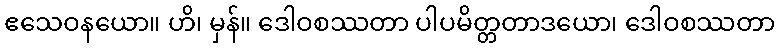
ဧသေဝနယော။ ဟိ၊ မှန်။ ဒေါဝစဿတာ ပါပမိတ္တတာဒယော၊ ဒေါဝစဿတာ